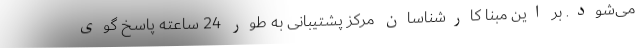
می‌شود. بر این مبنا کارشناسان مرکز پشتیبانی به طور 24 ساعته پاسخ گوی